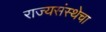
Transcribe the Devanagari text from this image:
राज्यसंस्थेचा